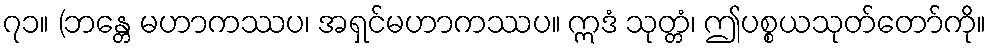
၇၁။ (ဘန္တေ မဟာကဿပ၊ အရှင်မဟာကဿပ။ ဣဒံ သုတ္တံ၊ ဤပစ္စယသုတ်တော်ကို။